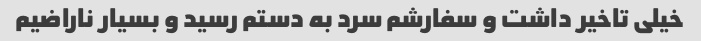
خیلی تاخیر داشت و سفارشم سرد به دستم رسید و بسیار ناراضیم